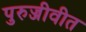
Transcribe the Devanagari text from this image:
पुरुज्जीवीत